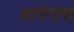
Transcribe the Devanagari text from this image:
बागेतच